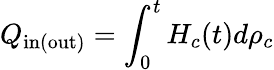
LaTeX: Q_{\mathrm{in(out)}}=\int_{0}^{t}H_{c}(t)d\rho_{c}